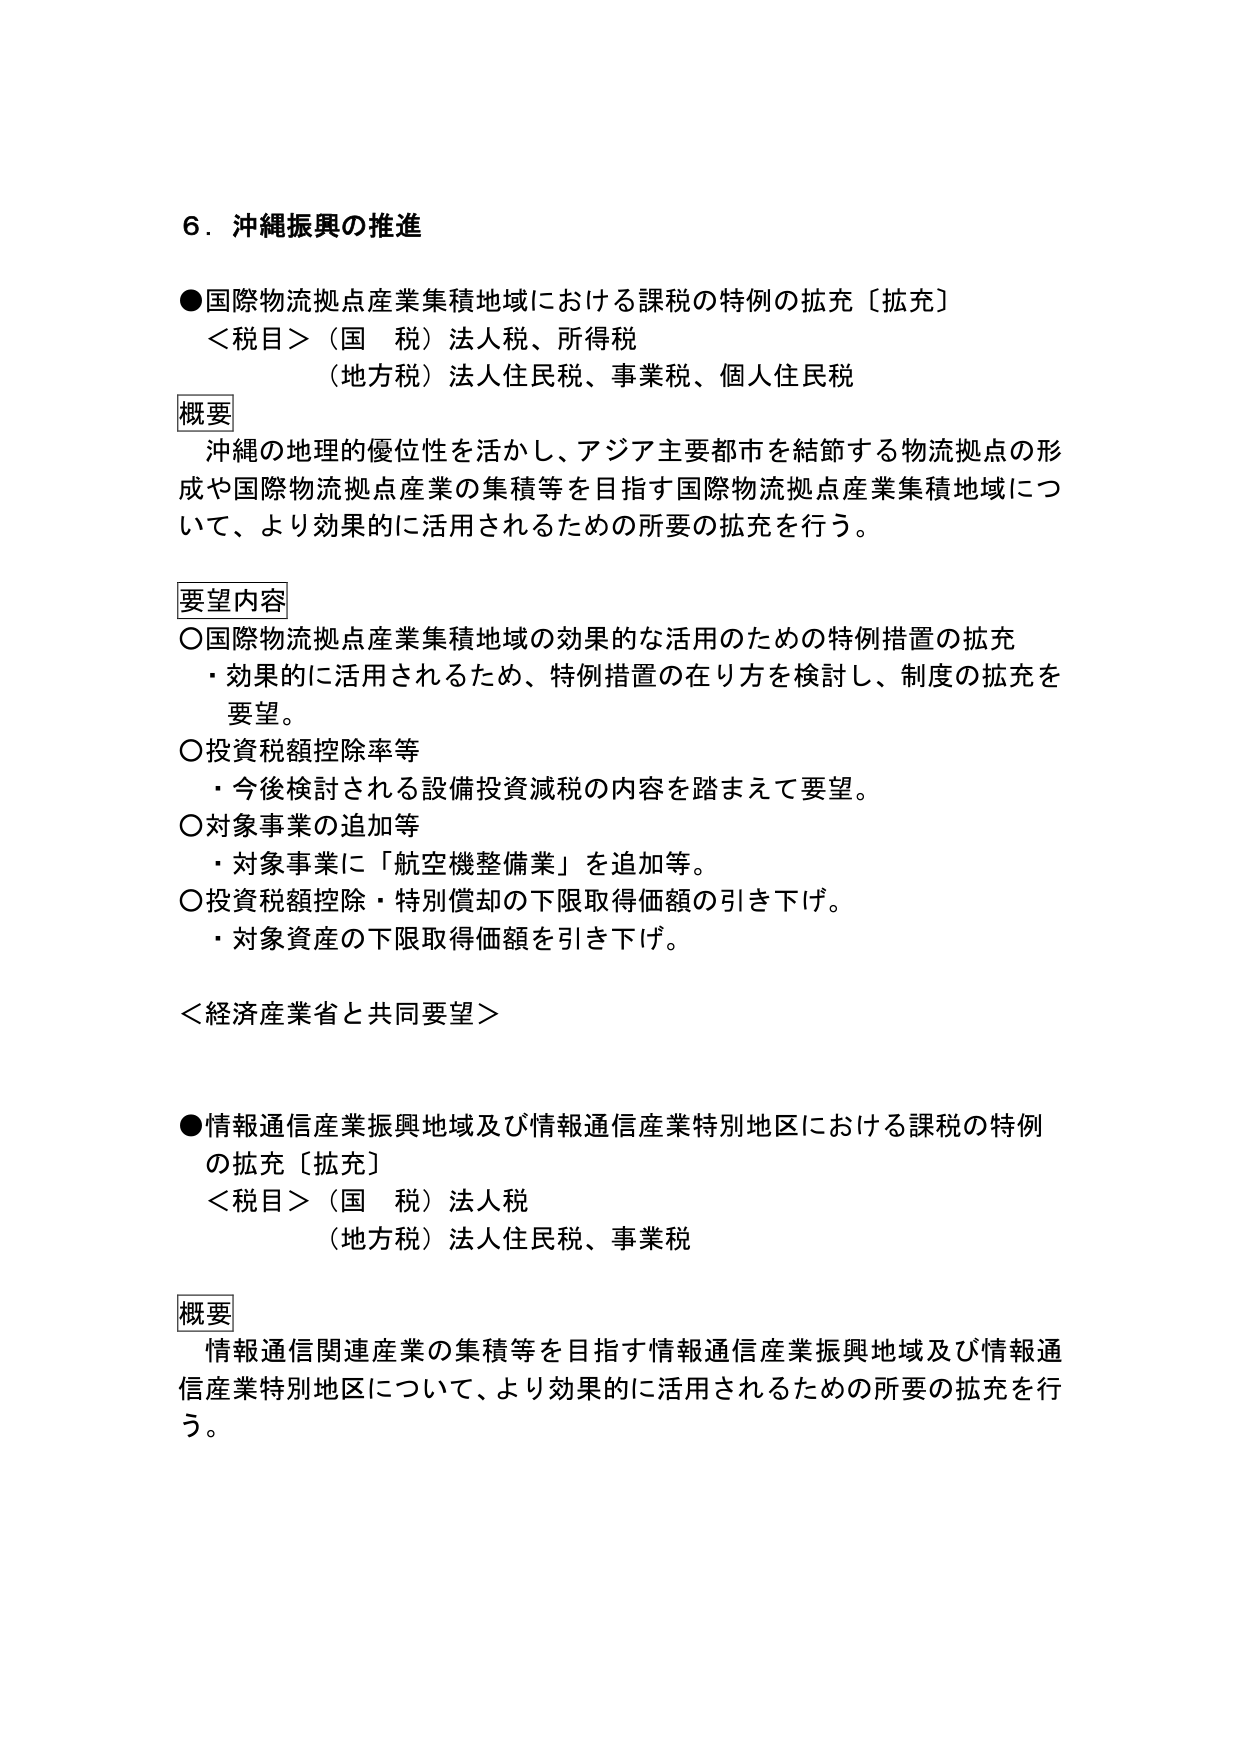
６．沖縄振興の推進

●国際物流拠点産業集積地域における課税の特例の拡充〔拡充〕
＜税目＞（国　税）法人税、所得税
（地方税）法人住民税、事業税、個人住民税

概要
沖縄の地理的優位性を活かし、アジア主要都市を結節する物流拠点の形成や国際物流拠点産業の集積等を目指す国際物流拠点産業集積地域について、より効果的に活用されるための所要の拡充を行う。

要望内容
○国際物流拠点産業集積地域の効果的な活用のための特例措置の拡充
・効果的に活用されるため、特例措置の在り方を検討し、制度の拡充を要望。
○投資税額控除率等
・今後検討される設備投資減税の内容を踏まえて要望。
○対象事業の追加等
・対象事業に「航空機整備業」を追加等。
○投資税額控除・特別償却の下限取得価額の引き下げ。
・対象資産の下限取得価額を引き下げ。

＜経済産業省と共同要望＞

●情報通信産業振興地域及び情報通信産業特別地区における課税の特例の拡充〔拡充〕
＜税目＞（国　税）法人税
（地方税）法人住民税、事業税

概要
情報通信関連産業の集積等を目指す情報通信産業振興地域及び情報通信産業特別地区について、より効果的に活用されるための所要の拡充を行う。